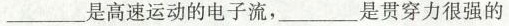
___是高速运动的电子流，___是贯穿力很强的